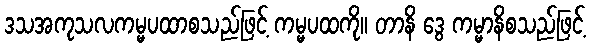
ဒသအကုသလကမ္မပထာစသည်ဖြင့် ကမ္မပထကို။ တာနိ ဒွေ ကမ္မာနိစသည်ဖြင့်